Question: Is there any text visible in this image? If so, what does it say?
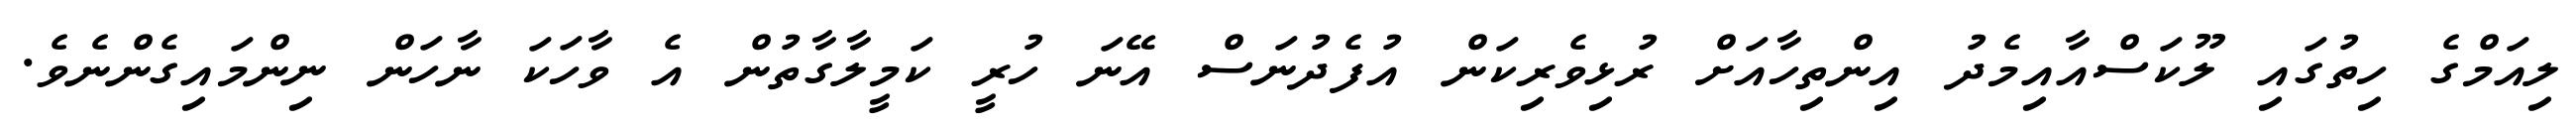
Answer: ލިއަމްގެ ހިތުގައި ލޫކަސްއާއިމެދު އިންތިހާއަށް ރުޅިވެރިކަން އުފެދުނަސް އޭނަ ހުރީ ކަމީލާގާތުން އެ ވާހަކަ ނާހަން ނިންމައިގެންނެވެ.